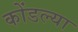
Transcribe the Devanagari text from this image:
कोंडल्या